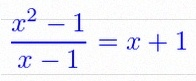
\frac{x^2-1}{x-1}=x+1